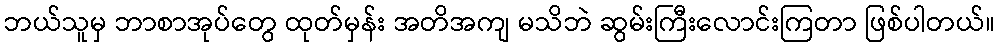
ဘယ်သူမှ ဘာစာအုပ်တွေ ထုတ်မှန်း အတိအကျ မသိဘဲ ဆွမ်းကြီးလောင်းကြတာ ဖြစ်ပါတယ်။